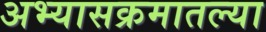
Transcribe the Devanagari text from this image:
अभ्यासक्रमातल्या